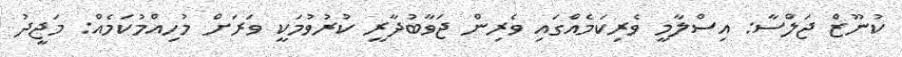
ކުނޫޒް ޖަލްސާ: އިސްލާމީ ވެރިކަމެއްގައި ވެރިން ޖަވާބުދާރީ ކުރުވުމަކީ ވަރަށް މުހިއްމުކަމެެއް: މަޖީދު